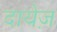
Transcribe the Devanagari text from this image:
दायेज़